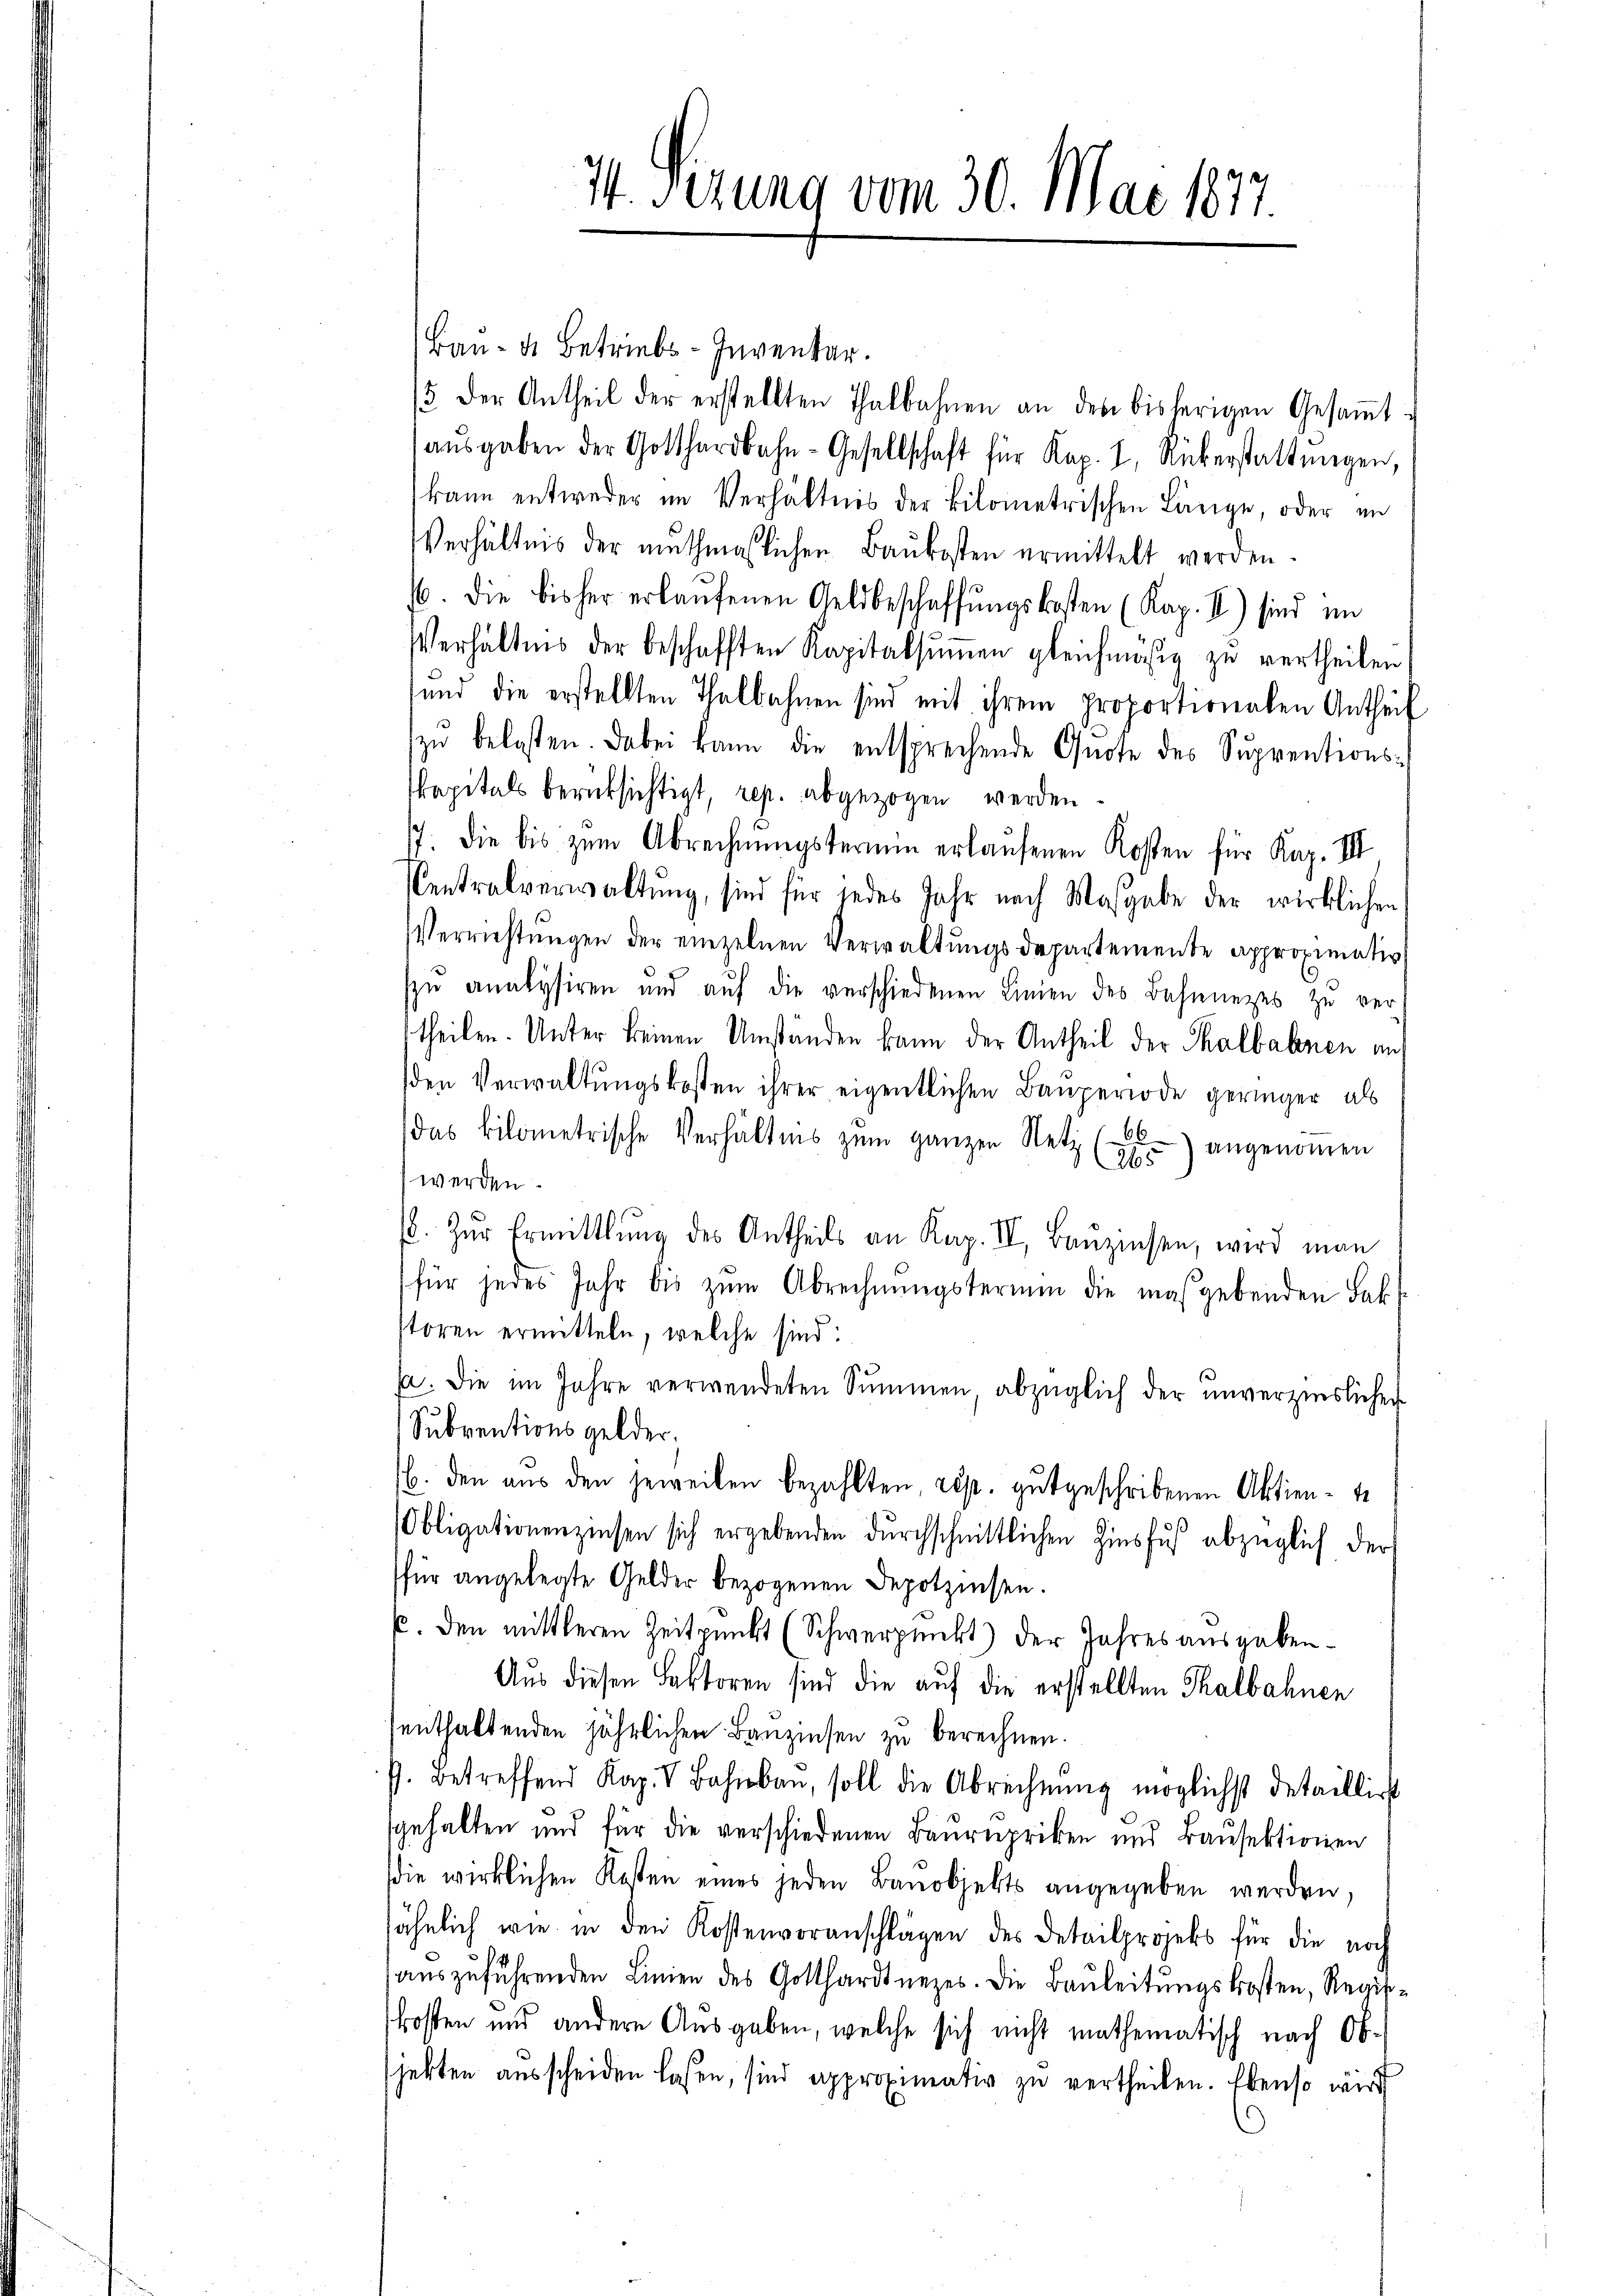
I Sizung vom 30. Mai 1877.

Bau- u. Betriebs-Inventar.
15 der Antheil der erstellten Thalbahnen an den bisherigen Gesaṁt-
aŭsgaben der Gotthardbahn-Gesellschaft für Kap. 1, Rükerstattŭngen,
kann entweder im Verhältnis der kilometrischen Länge, oder in
Verhältnis der muthmaßlichen Baukosten ermittelt werden.
16. die bisher erlaŭfenen Geldbeschaffŭngskosten (Kap. II.) sind im
Verhältnis der beschafften Kapitalsŭṁen gleichmäßig zu vertheilen
und die erstellten Thalbahnen sind mit ihrem proportionalen Antheil
zŭ belasten. Dabei kann die entsprechende Quote des Suprentionskapitals berücksichtigt, rep. abgezogen werden.
17. die bis zum Abrechnŭngstermin erlaufenen Kosten für Kap. III
Centralverwaltŭng, sind für jedes Jahr nach Masgabe der wirklichen
Verrichtŭngen der einzelnen Verwaltŭngsdepartemente approximativ
szŭ analysiren und aŭf die verschiedenen Linien des Besinezes zu ver-
theilen. Unter keinen Umständen kann der Antheil der Thalbahnen aus
den Verwaltŭngskosten ihrer eigentlichen Bauperiode geringer als
das Bilometrische Verhältnis zŭm ganzen Netz () angenoṁen
werden.
. Zŭr Ermittlung des Antheils an Kap. II, Baŭziehen, wird man
für jedes Jahr bis zum Abrechnungstermin die maßgebenden Fak
stören ermitteln, welche sind:
sa. Die im Jahre verwendeten Summen, abzüglich der unverzinslichen
Subventionsgelder.
b. den aus den jeweilen bezahlten, rest. gutgeschribenen Aktiente
Obligationenzinsen sich ergebenden durchschnittlichen Zinsfuß abzüglich der
(für angelegte Gelder bezogenen Depotzinsen.
p. den mittleren Zeitpunkt (Schwerpunkt) der Jahres ausgaben.
Aus diesen Faktoren sind die auf die erstellten Thalbahnen
enthaltenden jährlichen Bauzinsen zu berechnen.
s. betreffend Kap. V Bahnbau, soll die Abrechnŭng möglichst detaillirt
gehalten und für die verschiedenen Baurepriken und Bausektionen
die wirklichen Kosten eines jeden Banobjekts angegeben werden,
sähnlich wie in den Kostenvoranschlägen des Detailprojekt für die noch
aŭszŭführenden Linien des Gotthardtnezes. Die Baŭleitŭngskosten, Regis-
kosten und andere Ausgaben, welche sich nicht mathematisch nach Objekten ausscheiden laßen, sind approximativ zu vertheilen. Ebenso wird